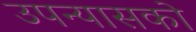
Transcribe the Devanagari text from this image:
उपन्यासको